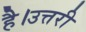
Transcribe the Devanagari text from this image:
है।उत्तरी